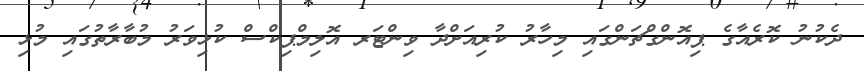
ދެކުނު ކޮރެއާގެ ޕިއޮންގްޗަންގައި މިހާރު ކުރިއަށްދާ ވިންޓަރ އޮލިމްޕިކްސް ކުޅިވަރު މުބާރާތުގައި މުޅި